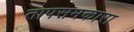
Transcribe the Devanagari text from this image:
तापसमकारा